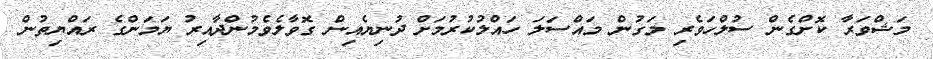
މަޝްވަރާ ކޮށްގެން ސުލްހަވެރި މަގުން މައްސަލަ ހައްލުކުރުމަށް ދުނިޔެއިން ގޮވާލެވެމުންދާއިރު ޔަމަންގެ ރައްޔިތުން